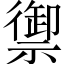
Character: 禦